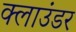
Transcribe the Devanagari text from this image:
क्लाउंडर